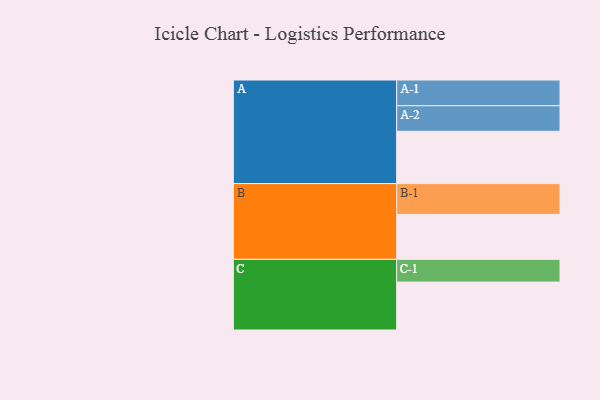
{"axis": {"x": "Segment", "y": "Value"}, "legend": ["", "A", "B", "C"], "data": [{"x": "A", "y": 481, "type": ""}, {"x": "B", "y": 414, "type": ""}, {"x": "C", "y": 441, "type": ""}, {"x": "A-1", "y": 237, "type": "A"}, {"x": "A-2", "y": 235, "type": "A"}, {"x": "B-1", "y": 283, "type": "B"}, {"x": "C-1", "y": 209, "type": "C"}]}